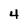
Character: 4